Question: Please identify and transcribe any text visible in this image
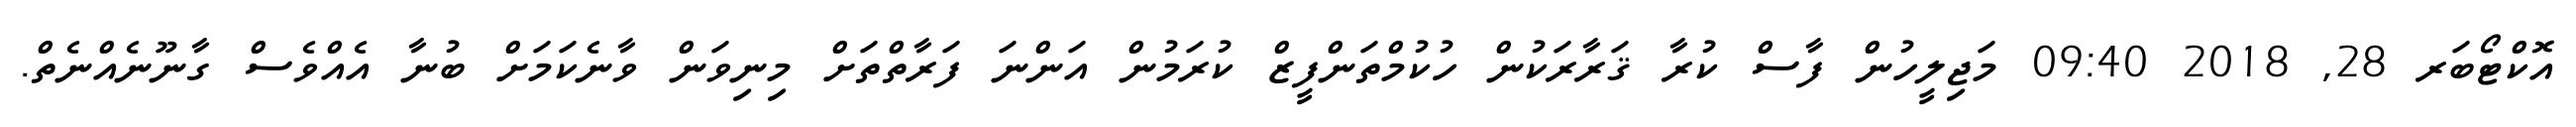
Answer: އޮކްޓޯބަރ 28, 2018 09:40 މަޖިލީހުން ފާސް ކުރާ ޤަރާރަކުން ހުކުމްތަންފީޒް ކުރަމުން އަންނަ ފަރާތްތަށް މިނިވަން ވާނެކަމަށް ބުނާ އެއްވެސް ގާނޫނެއްނެތް.